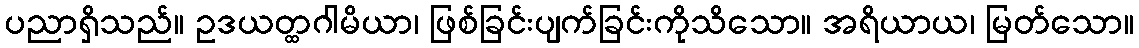
ပညာရှိသည်။ ဥဒယတ္ထဂါမိယာ၊ ဖြစ်ခြင်းပျက်ခြင်းကိုသိသော။ အရိယာယ၊ မြတ်သော။